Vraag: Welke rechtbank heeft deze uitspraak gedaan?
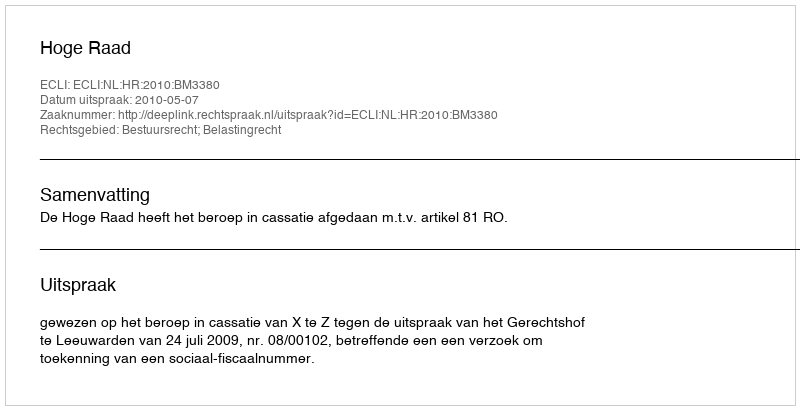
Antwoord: Hoge Raad